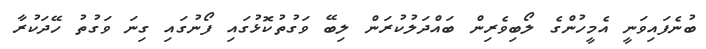
ބުނެފައިވަނީ އެމީހުންގެ ލޯބިވެރިން ބައްދަލުކުރަން ލިބޭ ވަގުތުކޮޅުގައި ފޯނުގައި ގިނަ ވަގުތު ހޭދަކުރާ